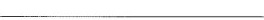
___